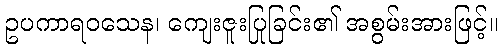
ဥပကာရဝသေန၊ ကျေးဇူးပြုခြင်း၏ အစွမ်းအားဖြင့်။